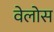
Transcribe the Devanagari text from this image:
वेलोस